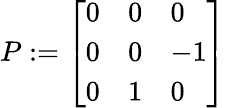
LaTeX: \begin{array}{r}{P:=\left[\begin{array}{lll}{0}&{0}&{0}\\ {0}&{0}&{-1}\\ {0}&{1}&{0}\end{array}\right]}\end{array}